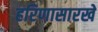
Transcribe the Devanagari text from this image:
हरिणासारखे